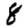
Digit: 8